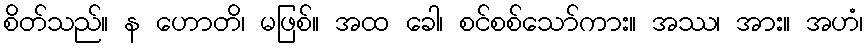
စိတ်သည်။ န ဟောတိ၊ မဖြစ်။ အထ ခေါ၊ စင်စစ်သော်ကား။ အဿ၊ အား။ အဟံ၊